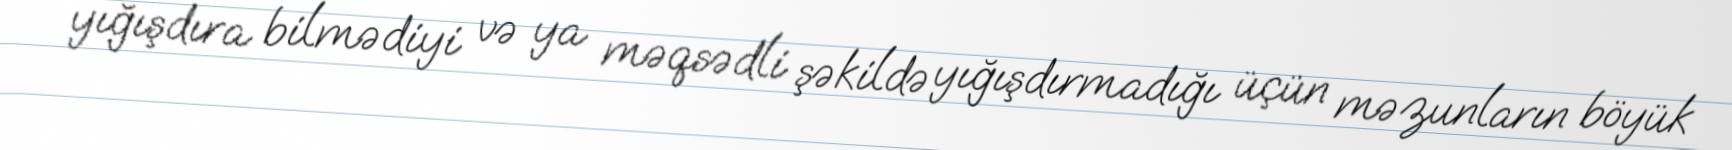
yığışdıra bilmədiyi və ya məqsədli şəkildə yığışdırmadığı üçün məzunların böyük